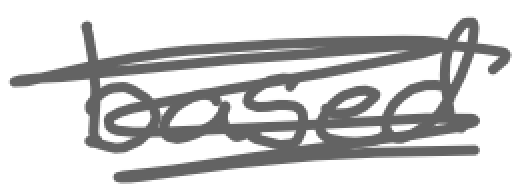
Text: based
Cross-out: scratch
Writing tool: digital_gray